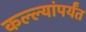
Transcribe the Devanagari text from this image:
कल्ल्यांपर्यंत